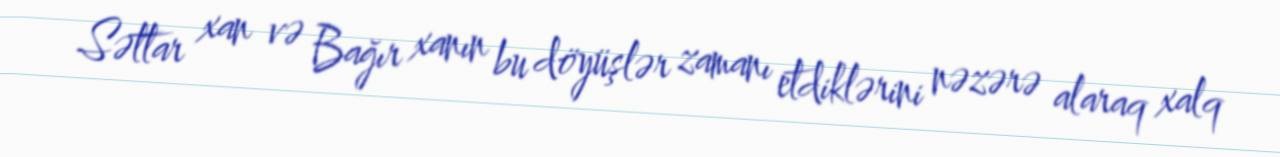
Səttar xan və Bağır xanın bu döyüşlər zamanı etdiklərini nəzərə alaraq xalq